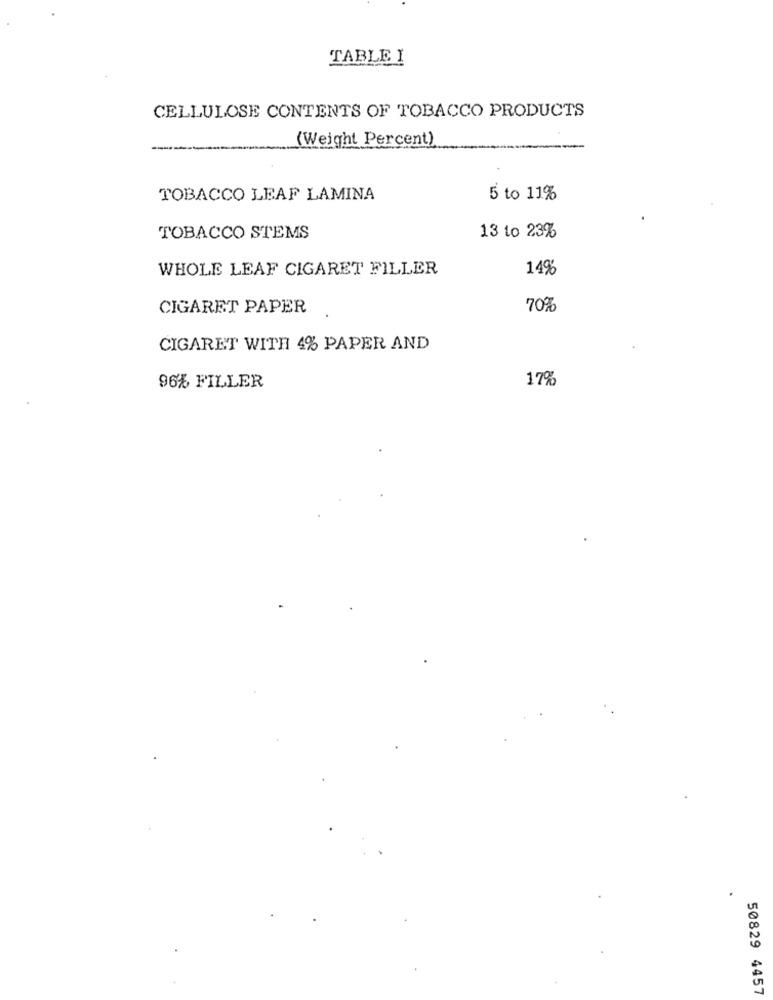
TABLE I
CELLULOSE CONTENTS OF TOBACCO PRODUCTS
(Weight Percent)
TOBACCO LEAF LAMINA
5 to 11%
TOBACCO STEMS
13 to 23%
WHOLE LEAF CIGARET FILLER
14%
CIGARET PAPER
70%
CIGARET WITH 4% PAPER AND
17%
96% FILLER
50829 4457